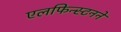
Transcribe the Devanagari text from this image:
एलफिन्स्टनने